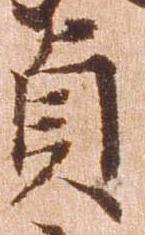
貞